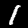
Digit: 1